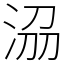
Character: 𣴀